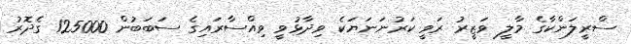
ސްރީލަންކާގެ މާލީ ވަޒީރު ރަވީ ކަރުނަނަޔަކެ ވިދާޅުވީ ވިއްސާރައިގެ ސަބަބުން 125000 ގެދޮރު